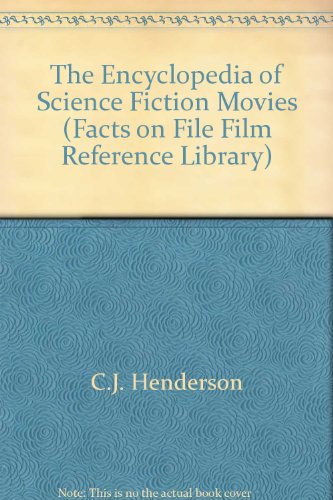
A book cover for The Encyclopedia of Science Fiction Movies: From 1897 to the Present (Facts on File Film Reference Library); C. J. Henderson; Humor & Entertainment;